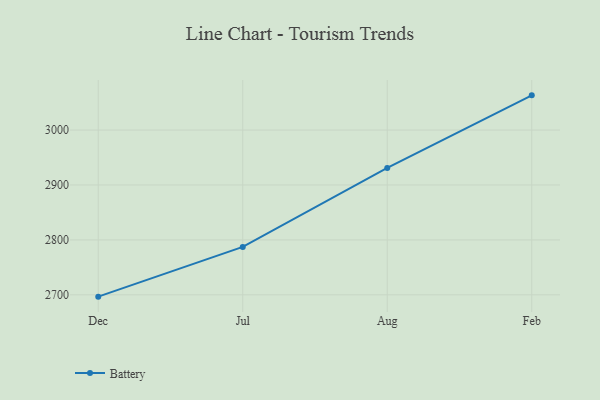
{"axis": {"x": "Month", "y": "Net Income (USD K)"}, "legend": ["Battery"], "data": [{"x": "Dec", "y": 2696.7, "type": "Battery"}, {"x": "Jul", "y": 2787.3, "type": "Battery"}, {"x": "Aug", "y": 2931.1, "type": "Battery"}, {"x": "Feb", "y": 3063.2, "type": "Battery"}]}